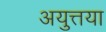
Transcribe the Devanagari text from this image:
अयुत्तया